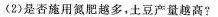
(2)是否施用氮肥越多，土豆产量越高?